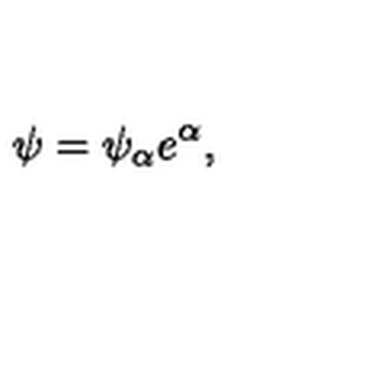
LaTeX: \psi = \psi _ { \alpha } e ^ { \alpha } ,